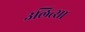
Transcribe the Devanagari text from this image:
उलित्सा